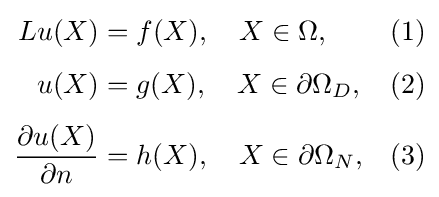
{\begin{aligned}Lu(X)&=f(X),\quad X\in \Omega ,&&(1)\\[4pt]u(X)&=g(X),\quad X\in \partial \Omega _{D},&&(2)\\[4pt]{\frac {\partial u(X)}{\partial n}}&=h(X),\quad X\in \partial \Omega _{N},&&(3)\end{aligned}}